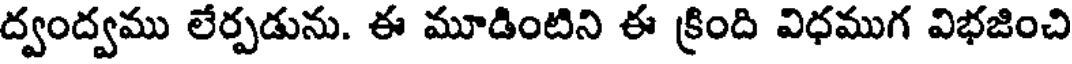
ద్వంద్వము లేర్పడును. ఈ మూడింటిని ఈ క్రింది విధముగ విభజించి